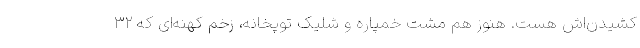
کشیدن‌اش هست. هنوز هم مشت خمپاره و شلیک توپخانه، زخم کهنه‌ای که ۳۲